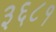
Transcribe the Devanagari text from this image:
३६८१